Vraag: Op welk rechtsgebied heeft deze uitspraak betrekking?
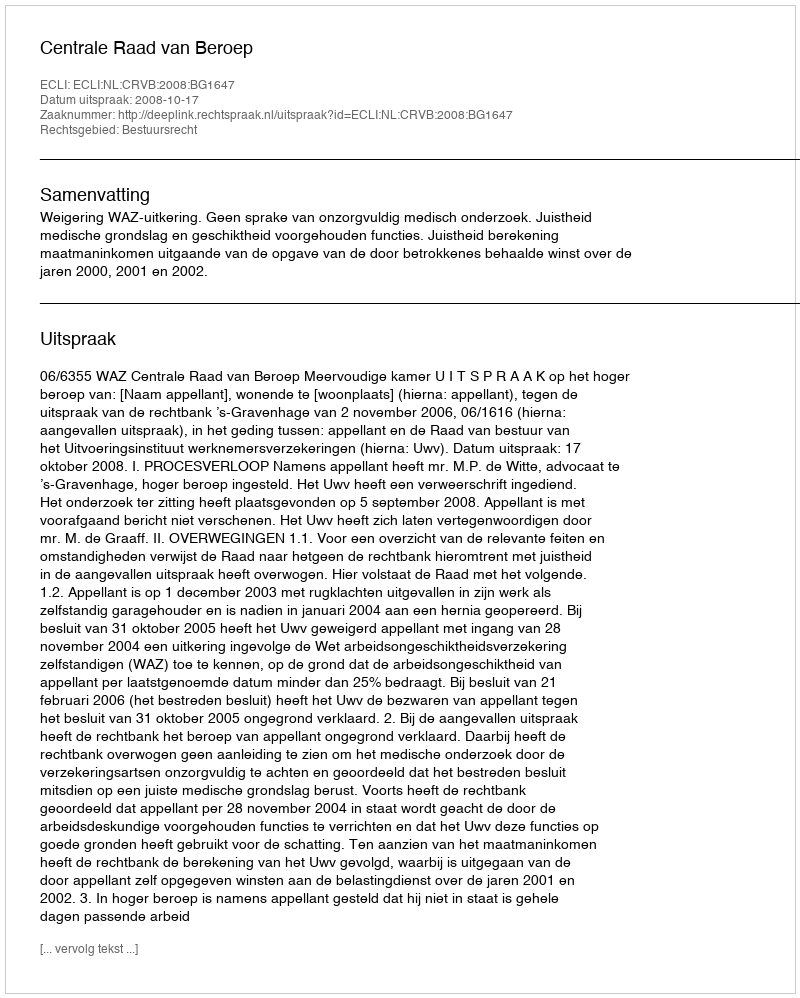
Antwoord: Bestuursrecht